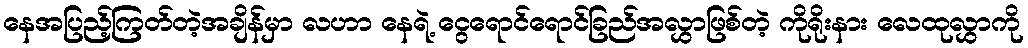
နေအပြည့်ကြတ်တဲ့အချိန်မှာ လဟာ နေရဲ့ ငွေရောင်ရောင်ခြည်အလွှာဖြစ်တဲ့ ကိုရိုးနား လေထုလွှာကို